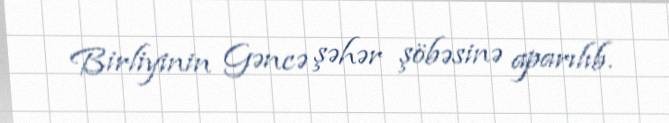
Birliyinin Gəncə şəhər şöbəsinə aparılıb.